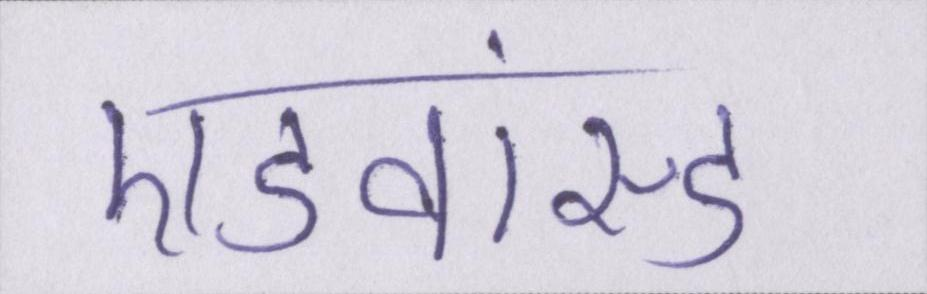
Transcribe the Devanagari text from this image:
एडवांस्ड